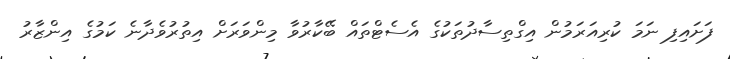
ފަށައިފި ނަމަ ކުރިއަރަމުން އިގްތިސާދުތަކުގެ އެސެޓްތައް ބޭކާރުވާ މިންވަރަށް އިތުރުވެދާނެ ކަމުގެ އިންޒާރު